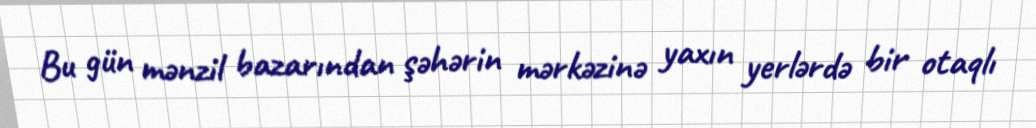
Bu gün mənzil bazarından şəhərin mərkəzinə yaxın yerlərdə bir otaqlı